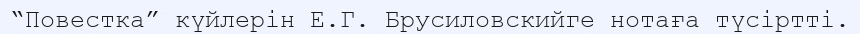
“Повестка” күйлерін Е.Г. Брусиловскийге нотаға түсіртті.